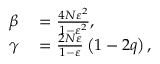
\begin{array} { r l } { \beta } & { { } = \frac { 4 N \varepsilon ^ { 2 } } { 1 - \varepsilon ^ { 2 } } , } \\ { \gamma } & { { } = \frac { 2 N \varepsilon } { 1 - \varepsilon } \left( 1 - 2 q \right) , } \end{array}